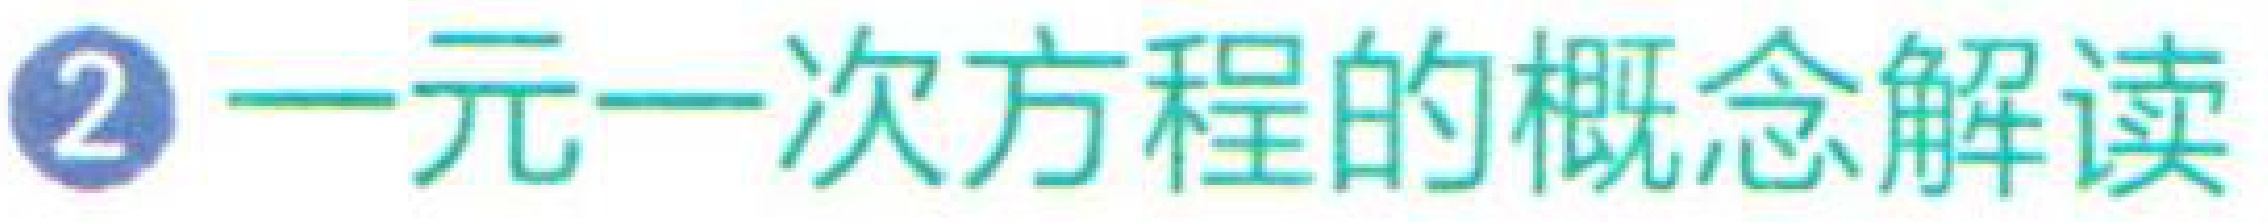
\textcircled{2} 一元一次方程的概念解读